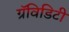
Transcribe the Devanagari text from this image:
ग्रॅविडिटी